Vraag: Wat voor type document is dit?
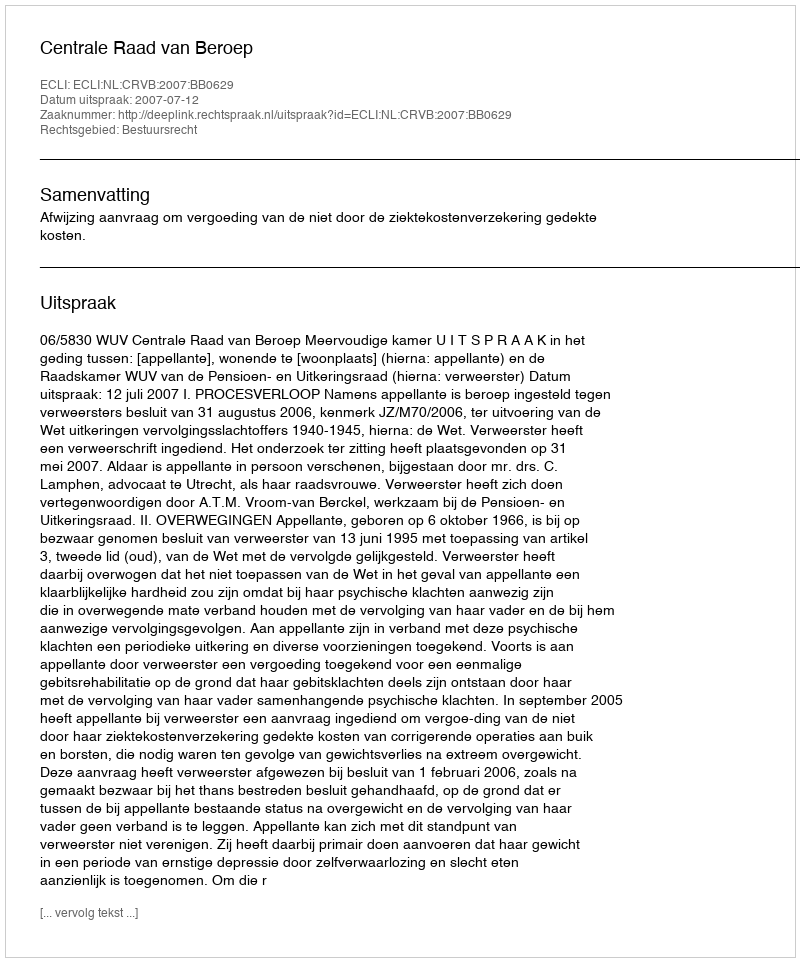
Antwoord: Uitspraak